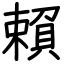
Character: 賴